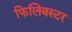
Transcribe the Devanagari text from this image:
फिलिबस्टर